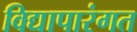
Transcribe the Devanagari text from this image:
विद्यापारंगत